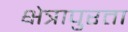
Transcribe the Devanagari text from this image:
क्षेत्रापुरता